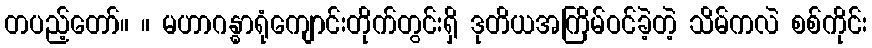
တပည့်တော်။ ။ မဟာဂန္ဓာရုံကျောင်းတိုက်တွင်းရှိ ဒုတိယအကြိမ်ဝင်ခဲ့တဲ့ သိမ်ကလဲ စစ်ကိုင်း